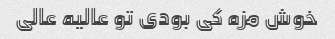
خوش مزه کی بودی تو عالیه عالی